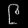
Digit: ၉